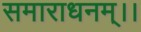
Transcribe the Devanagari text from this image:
समाराधनम्।।